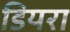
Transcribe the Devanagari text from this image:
डियरा